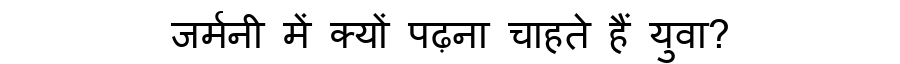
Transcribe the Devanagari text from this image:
जर्मनी में क्यों पढ़ना चाहते हैं युवा?